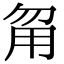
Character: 甮